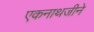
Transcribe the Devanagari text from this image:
एकनाथजीने